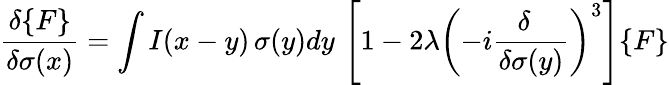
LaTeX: {\frac{\delta\{ F\} }{\delta\sigma(x)}}=\int I(x-y)\, \sigma(y)dy\, \left[1-2\lambda\left(-i{\frac{\delta\ \ }{\delta\sigma(y)}}\right)^{3}\right]\{ F\}